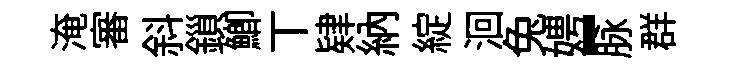
淹審斜鎻鯽丅肄納綻洄兔娉-脉群